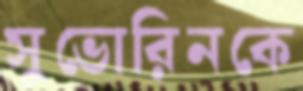
সুভোরিনকে